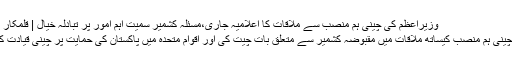
وزیراعظم کی چینی ہم منصب سے ملاقات کا اعلامیہ جاری،مسئلہ کشمیر سمیت اہم امور پر تبادلہ خیال | قلمکار - Qalamkar
وزیراعظم نے چینی ہم منصب کیساتھ ملاقات میں مقبوضہ کشمیر سے متعلق بات چیت کی اور اقوام متحدہ میں پاکستان کی حمایت پر چینی قیادت کا شکریہ ادا کیا۔